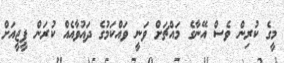
މީގެ ކުރިން ވެސް އޭނާގެ މައްޗަށް ވަނީ ވައްކަމުގެ ދައުވާއެއް ކުރަން ޕީޖީއަށް